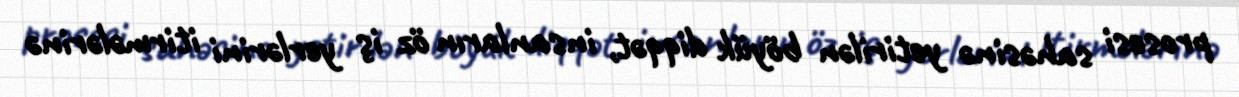
prosesi sahəsinə yetirilən böyük diqqət, insanların öz iş yerlərini itirmələrinə